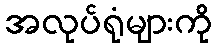
အလုပ်ရုံများကို